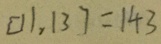
[ 1 1 , 1 3 ] = 1 4 3